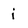
Character: i